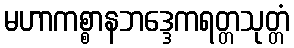
မဟာကစ္စာနဘဒ္ဒေကရတ္တသုတ္တံ